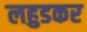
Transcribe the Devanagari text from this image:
लहुडकर